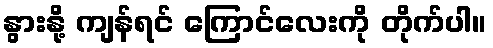
နွားနို့ ကျန်ရင် ကြောင်လေးကို တိုက်ပါ။